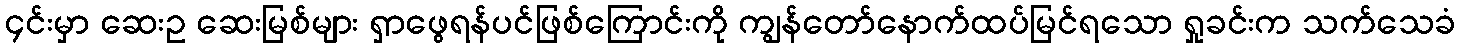
၄င်းမှာ ဆေးဥ ဆေးမြစ်များ ရှာဖွေရန်ပင်ဖြစ်ကြောင်းကို ကျွန်တော်နောက်ထပ်မြင်ရသော ရှုခင်းက သက်သေခံ